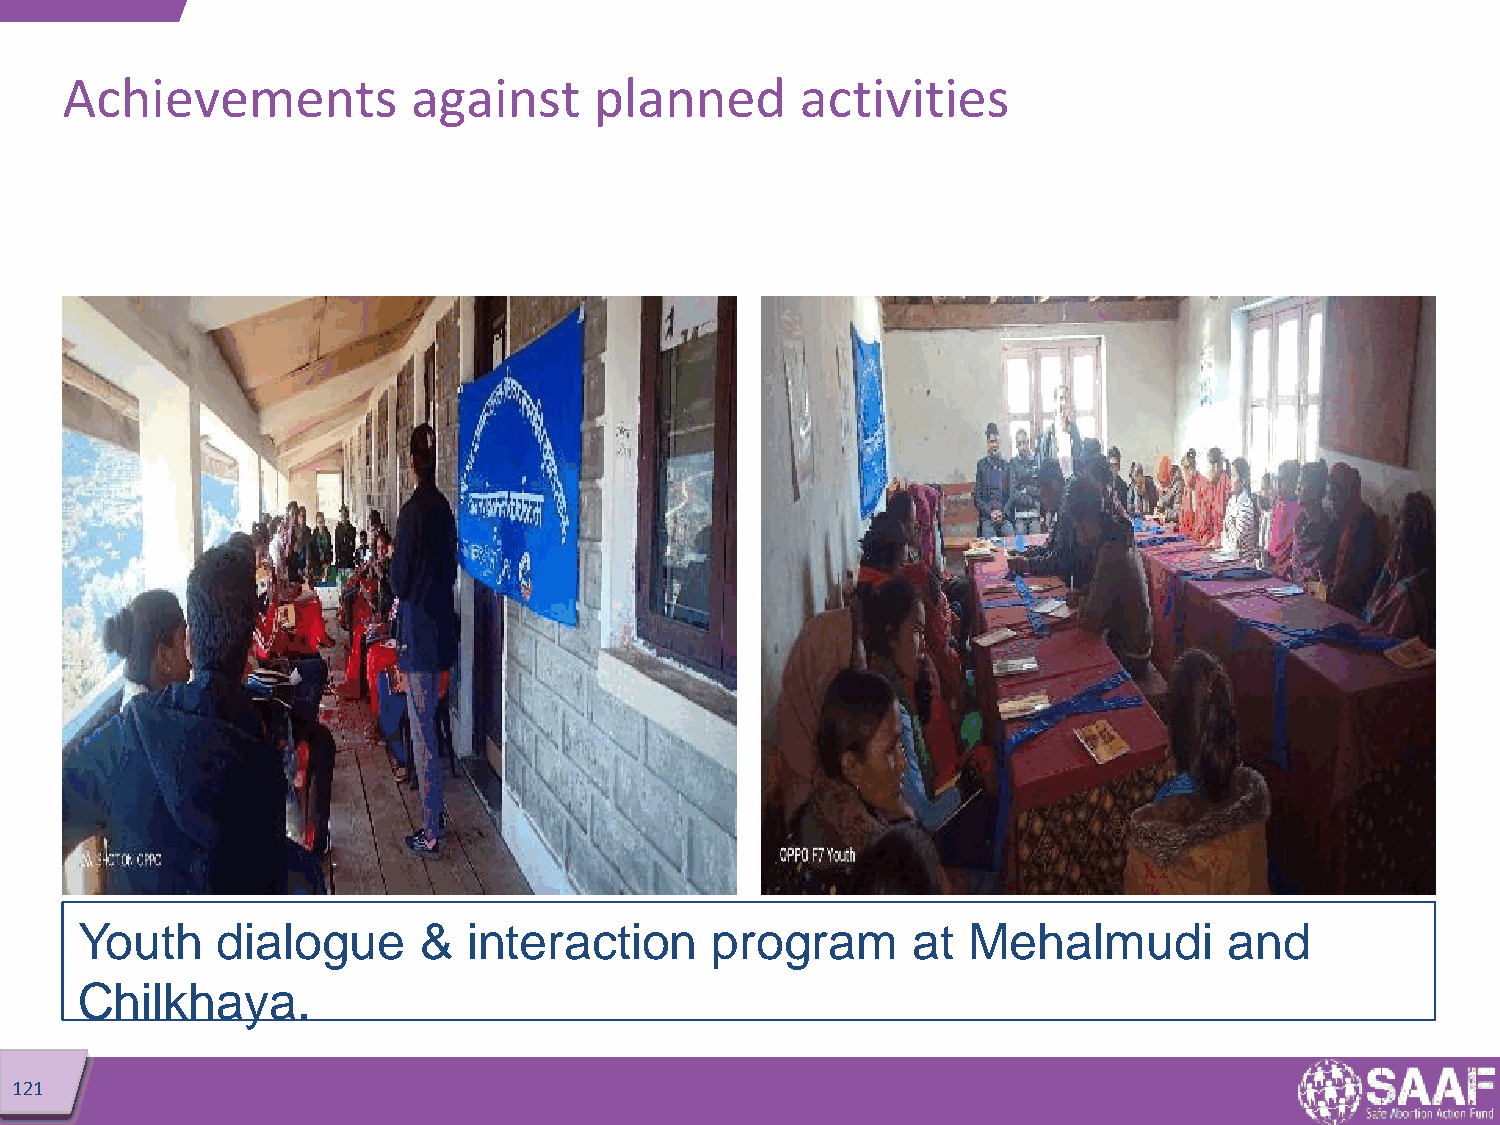
Achievements           against     planned       activities
 Youth    dialogue      &  interaction     program      at  Mehalmudi        and
 Chilkhaya.
 121